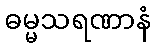
ဓမ္မသရဏာနံ